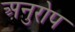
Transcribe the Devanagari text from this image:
अनुरोप